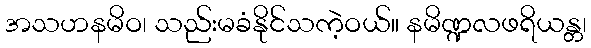
အသဟနမိဝ၊ သည်းမခံနိုင်သကဲ့ဝယ်။ နမိဏ္ဍလဖရိယန္တ၊